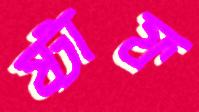
ষ্টাফ